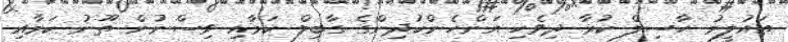
ތައުލީމު ޙާސިލް ކުރާ ދިވެހި އަންހެންކުދިންގެ ގާބިލް ކަމާއި ވިސްނުން ތޫނު ކަމާއި